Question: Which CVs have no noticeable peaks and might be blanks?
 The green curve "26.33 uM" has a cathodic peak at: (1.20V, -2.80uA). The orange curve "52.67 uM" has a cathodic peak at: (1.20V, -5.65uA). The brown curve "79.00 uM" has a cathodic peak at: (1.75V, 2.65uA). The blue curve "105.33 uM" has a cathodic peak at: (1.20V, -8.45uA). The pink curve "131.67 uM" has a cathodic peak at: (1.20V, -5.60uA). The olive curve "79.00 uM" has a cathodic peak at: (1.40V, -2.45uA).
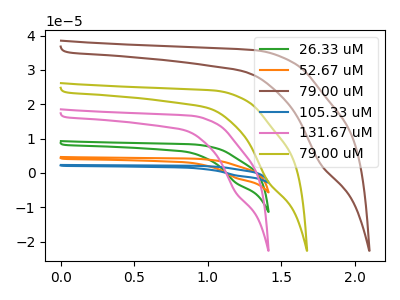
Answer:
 <answer>There are not any CV's on this graph that are likely to be blanks.</answer>
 <eval>none</eval>